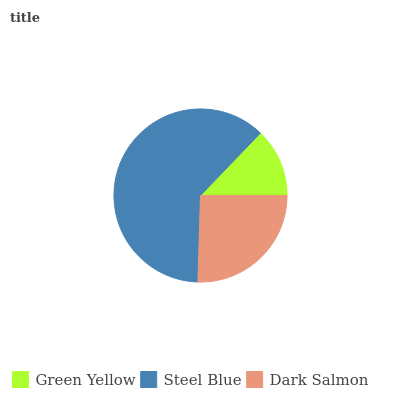
| Green Yellow | Steel Blue | Dark Salmon |
 | --- | --- | --- |
 | 12.8% | 61.7% | 25.5% |